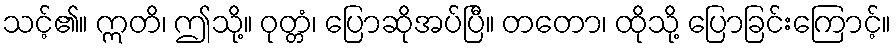
သင့်၏။ ဣတိ၊ ဤသို့။ ဝုတ္တံ၊ ပြောဆိုအပ်ပြီ။ တတော၊ ထိုသို့ ပြောခြင်းကြောင့်။